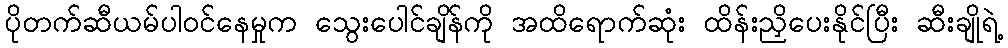
ပိုတက်ဆီယမ်ပါဝင်နေမှုက သွေးပေါင်ချိန်ကို အထိရောက်ဆုံး ထိန်းညှိပေးနိုင်ပြီး ဆီးချိုရဲ့